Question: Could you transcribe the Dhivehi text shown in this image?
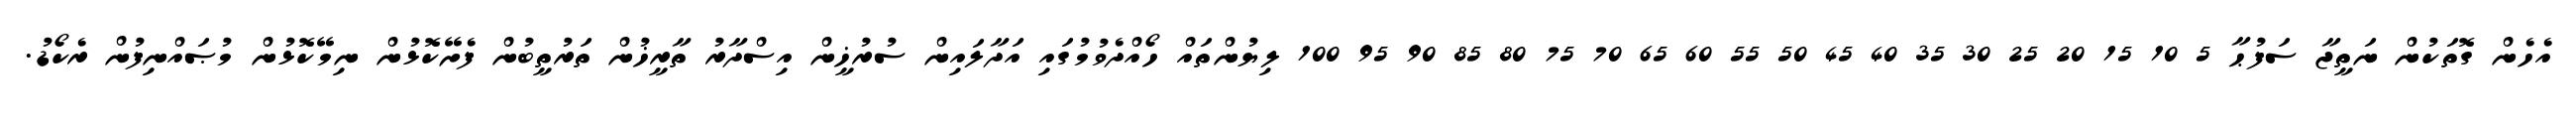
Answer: އެހެން ގޮތަކުން ނަތީޖާ ސަފުޙާ 5 10 15 20 25 30 35 40 45 50 55 60 65 70 75 80 85 90 95 100 ލިޔުންތައް ހޯއްދެވުމުގައި އަދާލައިން ސުރުޚީން އިސްދާރު ތާރީޚުން ތަރުތީބުން ފެށޭކޮޅުން ނިމޭކޮޅުން މުޞައްނިފުން ރެކޯޑު.